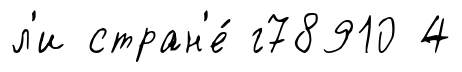
л'и стран'е́ г78910 4